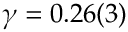
\gamma = 0 . 2 6 ( 3 )